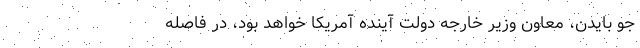
جو بایدن، معاون وزیر خارجه دولت آینده آمریکا خواهد بود، در فاصله